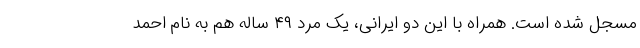
مسجل شده است. همراه با این دو ایرانی، یک مرد ۴۹ ساله هم به نام احمد